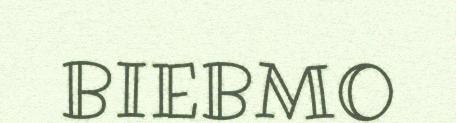
BIEBMO